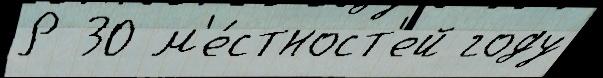
Р 30 м'е́стност'ей году